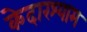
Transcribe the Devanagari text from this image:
केदारश्याम